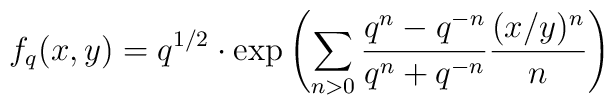
f_q(x,y)=q^{1/2}\cdot {\rm exp}\left (\sum_{n>0}\frac{q^n-q^{-n}}{q^n+q^{-n}}\frac{(x/y)^n}{n}\right )